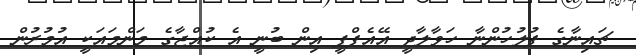
ޗައިނާގެ ފުލުހުންނާ ހަވާލާދީ އޭއެފްޕީ އިން ބުނީ އެ ކުއްޖާގެ މަންމައަކީ އުމުރުން